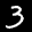
Label: 3